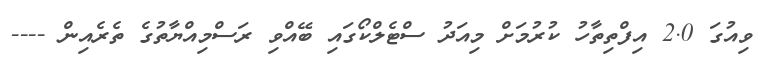
ވިއުގަ 2.0 އިފްތިތާހު ކުރުމަށް މިއަދު ސްޓެލްކޯގައި ބޭއްވި ރަސްމިއްޔާތުގެ ތެރެއިން ----